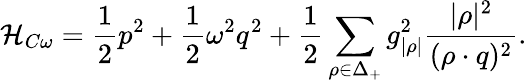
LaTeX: {\cal H}_{C\omega}={\frac{1}{2}}p^{2}+{\frac{1}{2}}\omega^{2}q^{2}+{\frac{1}{2}}\sum_{\rho\in\Delta_{+}}{g_{|\rho|}^{2}}{\frac{|\rho|^{2}}{(\rho\cdot q)^{2}}}.